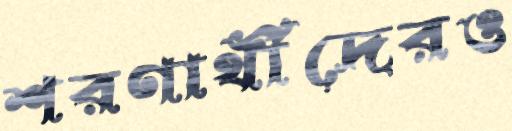
শরণার্থীদেরও